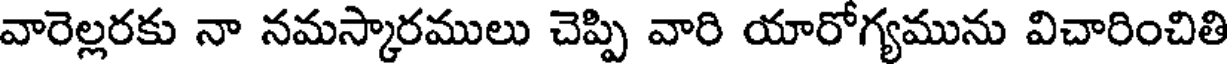
వారెల్లరకు నా నమస్కారములు చెప్పి వారి యారోగ్యమును విచారించితి